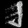
Digit: ၂